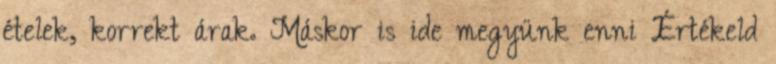
ételek, korrekt árak. Máskor is ide megyünk enni Értékeld